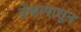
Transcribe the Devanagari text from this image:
तेंव्हापासुन